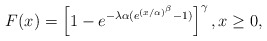
\begin{align*}F(x)=\left[ 1-e^{-\lambda \alpha (e^{(x/\alpha )^{\beta }}-1)}\right]^{\gamma },x\geq 0, \end{align*}